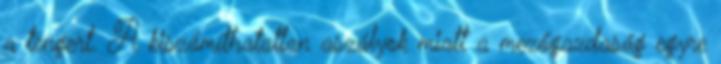
a tengert. A kiszámíthatatlan aszályok miatt a mezőgazdaság egyre